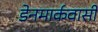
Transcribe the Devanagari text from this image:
डेनमार्कवासी